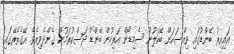
އައިއިރު ބޭންޑުގައި ވިއްސަކަށް ބޭކަލުން ސެމިޑޯން އަރިހުން ބޭންޑް ދަސްކުރަމުން ގެންދެވިއެވެ. އޭގެތެރޭގައި